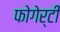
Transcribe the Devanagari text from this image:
फोगेर्टी